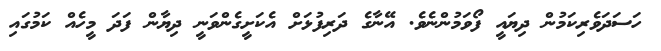
ހަސަދަވެރިކަމުން ދިޔައީ ފޯވަމުންނެވެ. އޭނާގެ ދަރިފުޅަށް އެކަށީގެންވަނީ ދިޔާން ފަދަ މީހެއް ކަމުގައި